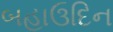
બહાઉદિન